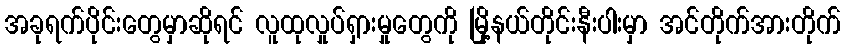
အခုရက်ပိုင်းတွေမှာဆိုရင် လူထုလှုပ်ရှားမှုတွေကို မြို့နယ်တိုင်းနီးပါးမှာ အင်တိုက်အားတိုက်